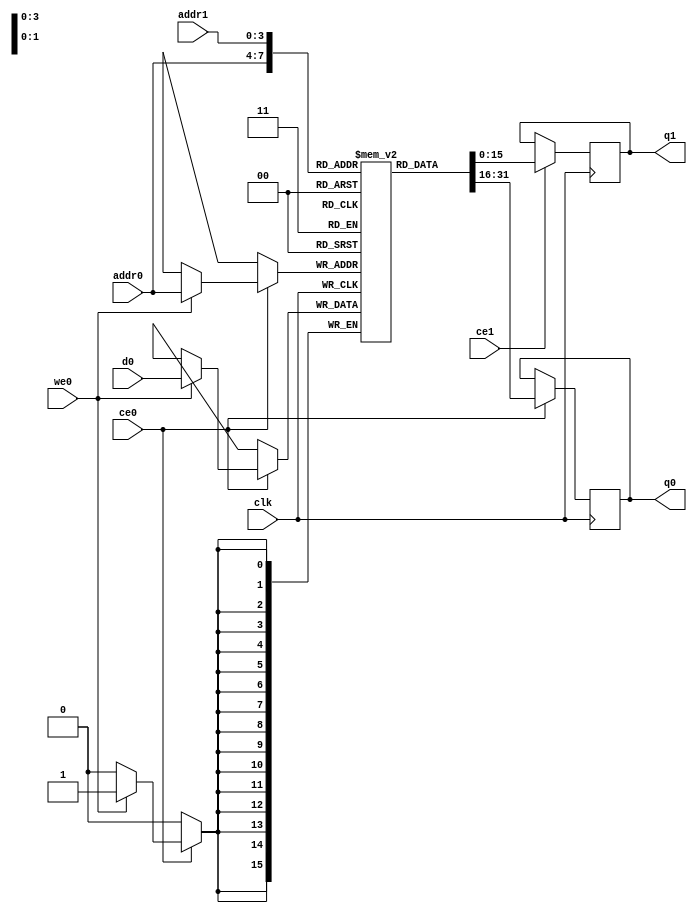
`define EXPONENT 5
`define MANTISSA 10
`define ACTUAL_MANTISSA 11
`define EXPONENT_LSB 10
`define EXPONENT_MSB 14
`define MANTISSA_LSB 0
`define MANTISSA_MSB 9
`define MANTISSA_MUL_SPLIT_LSB 3
`define MANTISSA_MUL_SPLIT_MSB 9
`define SIGN 1
`define SIGN_LOC 15
`define DWIDTH (`SIGN+`EXPONENT+`MANTISSA)
`define IEEE_COMPLIANCE 1

module td_fused_top_dataflow_in_loop_TOP_LOOP38116_accum1_out_0_memcore_ram (addr0, ce0, d0, we0, q0, addr1, ce1, q1,  clk);

parameter DWIDTH = 16;
parameter AWIDTH = 4;
parameter MEM_SIZE = 14;

input[AWIDTH-1:0] addr0;
input ce0;
input[DWIDTH-1:0] d0;
input we0;
output reg[DWIDTH-1:0] q0;
input[AWIDTH-1:0] addr1;
input ce1;
output reg[DWIDTH-1:0] q1;
input clk;

reg [DWIDTH-1:0] ram[MEM_SIZE-1:0];




always @(posedge clk)  
begin 
    if (ce0) begin
        if (we0) 
            ram[addr0] <= d0; 
        q0 <= ram[addr0];
    end
end


always @(posedge clk)  
begin 
    if (ce1) begin
        q1 <= ram[addr1];
    end
end


endmodule